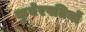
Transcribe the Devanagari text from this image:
कुबेरपतियों